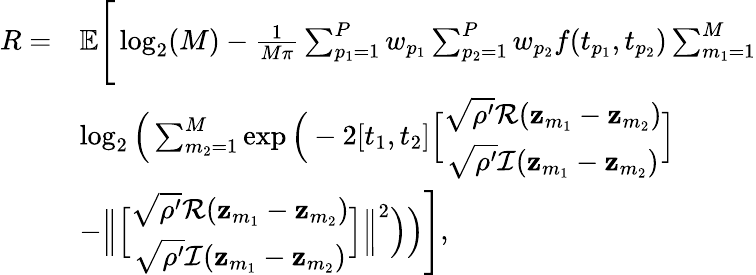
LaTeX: \begin{array}{rl}{R=}&{\mathbb{E}\Bigg[\log_{2}(M)-\frac{1}{M\pi}\sum_{p_{1}=1}^{P}w_{p_{1}}\sum_{p_{2}=1}^{P}w_{p_{2}}f(t_{p_{1}},t_{p_{2}})\sum_{m_{1}=1}^{M}}\\ &{\log_{2}\Big(\sum_{m_{2}=1}^{M}\exp\Big(-2[t_{1},t_{2}]\Big[\begin{array}{c}{\sqrt{\rho^{\prime}}\mathcal{R}(\mathbf{z}_{m_{1}}-\mathbf{z}_{m_{2}})}\\ {\sqrt{\rho^{\prime}}\mathcal{I}(\mathbf{z}_{m_{1}}-\mathbf{z}_{m_{2}})}\end{array}\Big]}\\ &{-\Big\| \Big[\begin{array}{c}{\sqrt{\rho^{\prime}}\mathcal{R}(\mathbf{z}_{m_{1}}-\mathbf{z}_{m_{2}})}\\ {\sqrt{\rho^{\prime}}\mathcal{I}(\mathbf{z}_{m_{1}}-\mathbf{z}_{m_{2}})}\end{array}\Big]\Big\| ^{2}\Big)\Big)\Bigg],}\end{array}